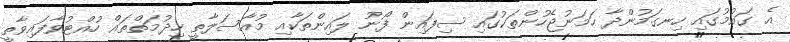
އެ ގައުމުގައި ހިނގަމުންދާ ހަމަނުޖެހުންތަކުގައި ސިފައިން ފޯނު ލައިންތަކާއި މުއާސަލާތީ ހިދުމަތްތައް ހުއްޓުވާފައިވާތީ